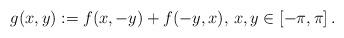
LaTeX: \begin{align*} g(x,y):=f(x,-y)+f(-y,x),\,x,y\in[-\pi,\pi]\,.\end{align*}